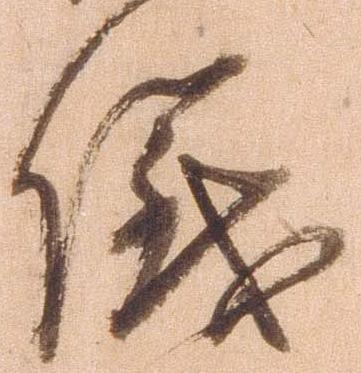
儀